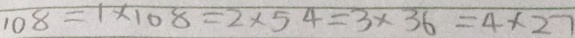
1 0 8 = 1 \times 1 0 8 = 2 \times 5 4 = 3 \times 3 6 = 4 \times 2 7